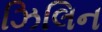
ઝિલિન